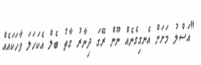
"އަސްލު މަށަށް އެނގިގެނެއް ނޫން ރޭގަ ދިނާރު ގާތު ބެލް އެކަހަލަ ވާހަކައެއް